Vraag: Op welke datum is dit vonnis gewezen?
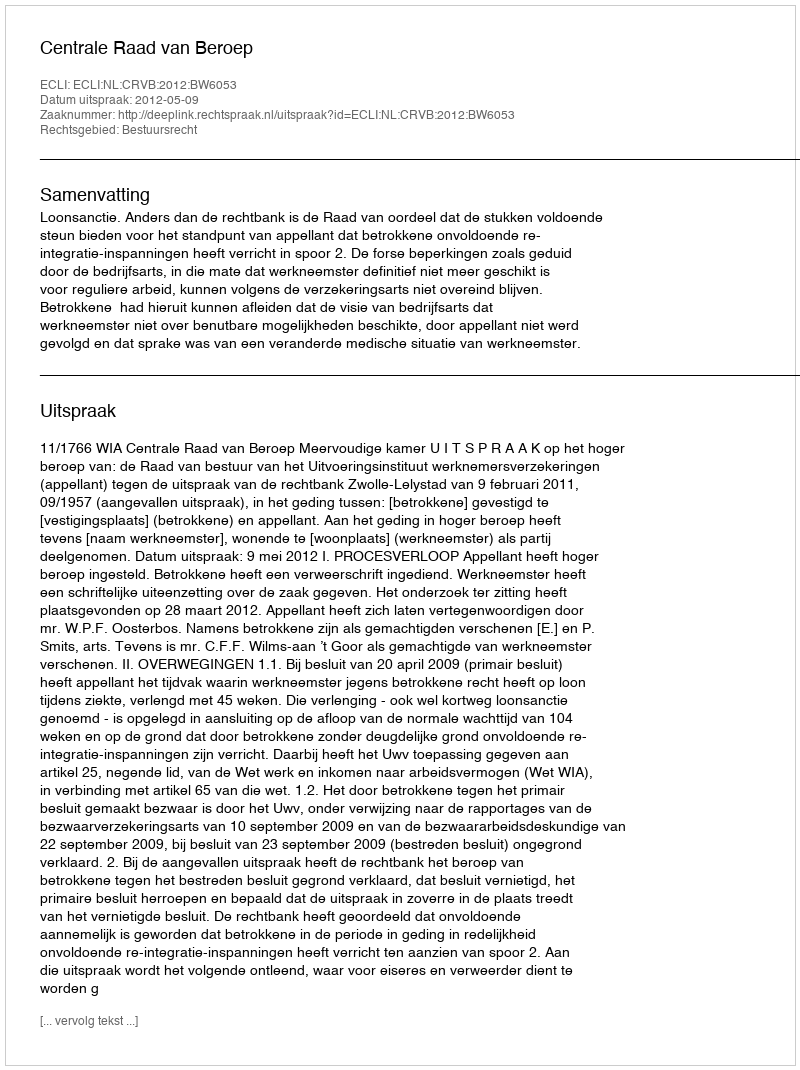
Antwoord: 2012-05-09